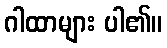
ဂါထာများ ပါ၏။